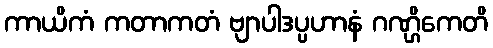
ကာယိကံ ကတာကတံ ဗျာပါဒပ္ပဟာနံ ဂဏ္ဌိကေတိ